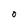
Character: o